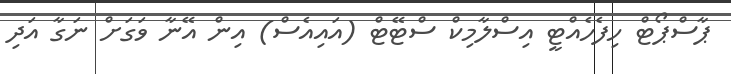
ޕާސްޕޯޓް ހިފެހެއްޓީ އިސްލާމިކް ސްޓޭޓް (އައިއެސް) އިން އޭނާ ވަގަށް ނަގާ އަދި